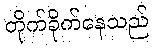
တိုက်ခိုက်နေသည်